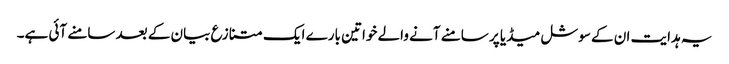
یہ ہدایت ان کے سوشل میڈیا پر سامنے آنے والے خواتین بارے ایک متنازع بیان کے بعد سامنے آئی ہے۔